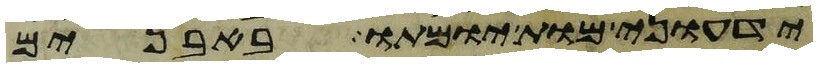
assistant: ידעוני מות יומתו באבנים